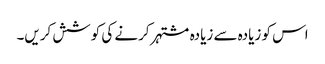
اس کو زیادہ سے زیادہ مشتہر کرنے کی کوشش کریں۔